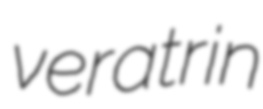
veratrin